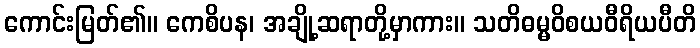
ကောင်းမြတ်၏။ ကေစိပန၊ အချို့ဆရာတို့မှာကား။ သတိဓမ္မဝိစယဝီရိယပီတိ